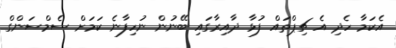
އެކަމާ ހެދި އެ ޗިޕްތައް ފުޅާ ދާއިރާގައި ބޭނުން ނުހިފާނެ ކަމަށް ސެމްސަންގް